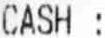
CASH :